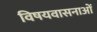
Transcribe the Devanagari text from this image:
विषयवासनाओं